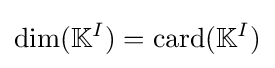
\operatorname {dim} (\mathbb {K} ^{I})=\operatorname {card} (\mathbb {K} ^{I})